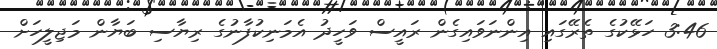
3:46 ހަޅޭކުގެ ތެރޭގައި އިންނަވައިގެން ރައީސް ވަހީދު އެމަނިކުފާނުގެ ރިޔާސި ބަޔާން މަޖިލީހަށް